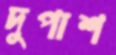
দুপাশ